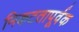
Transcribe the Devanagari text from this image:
निकटतापूर्वक